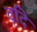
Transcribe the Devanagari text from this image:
वृदि